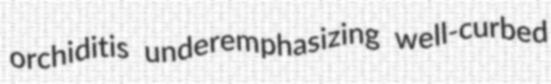
orchiditis underemphasizing well-curbed